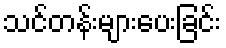
သင်တန်းများပေးခြင်း